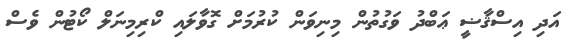
އަދި އިސްޤާޟީ ޢަބްދު ވަގުތުން މިނިވަން ކުރުމަށް ގޮވާލައި ކްރިމިނަލް ކޯޓުން ވެސް